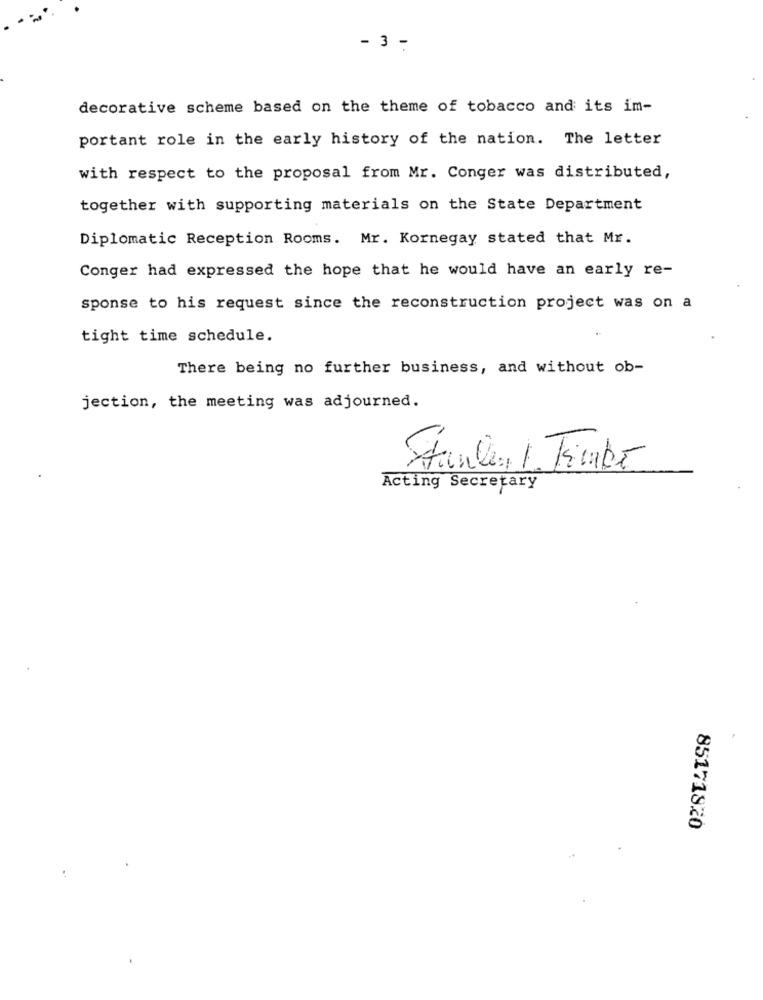
- 3 -
decorative scheme based on the theme of tobacco and its im-
portant role in the early history of the nation. The letter
with respect to the proposal from Mr. Conger was distributed,
together with supporting materials on the State Department
Diplomatic Reception Rooms. Mr. Kornegay stated that Mr.
Conger had expressed the hope that he would have an early re-
sponse to his request since the reconstruction project was on a
tight time schedule.
There being no further business, and without ob-
jection, the meeting was adjourned.
-
Acting Secretary
85171820